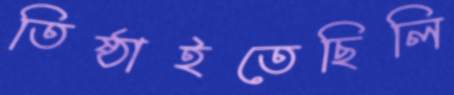
তিষ্ঠাইতেছিলি